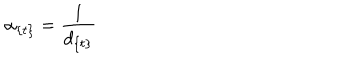
\alpha _ { \{ t \} } = { \frac { 1 } { d _ { \{ t \} } } }